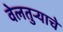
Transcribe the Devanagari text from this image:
वेलतुऱ्याचे